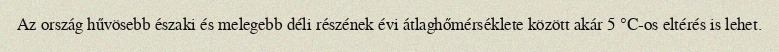
Az ország hűvösebb északi és melegebb déli részének évi átlaghőmérséklete között akár 5 °C-os eltérés is lehet.